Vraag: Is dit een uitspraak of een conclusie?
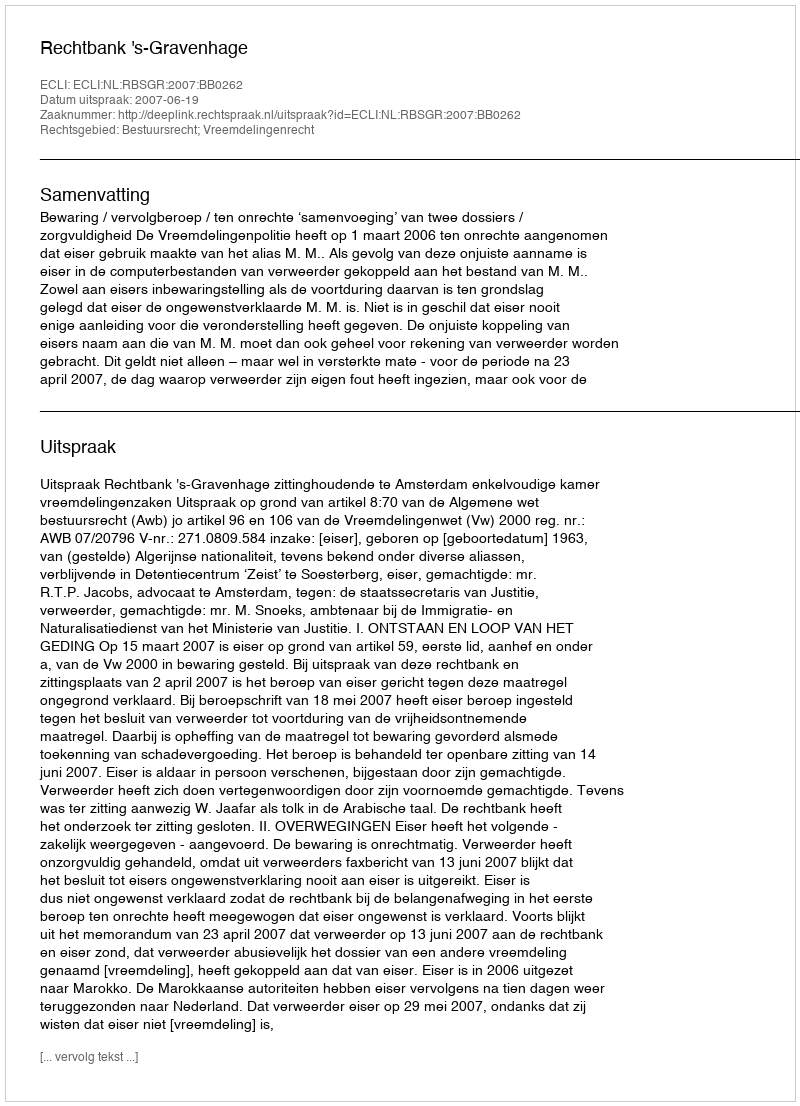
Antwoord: Uitspraak